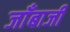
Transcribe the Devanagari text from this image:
जाँबाजी